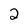
Character: 2